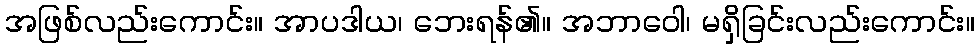
အဖြစ်လည်းကောင်း။ အာပဒါယ၊ ဘေးရန်၏။ အဘာဝေါ၊ မရှိခြင်းလည်းကောင်း။